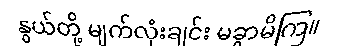
နွယ်တို့ မျက်လုံးချင်း မခွာမိကြ။